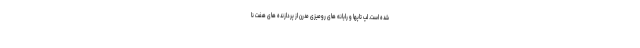
شده است. لپ تاپها و رایانه های رومیزی مدرن از پردازنده های هفت نا